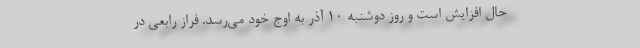
حال افزایش است و روز دوشنبه ۱۰ آذر به اوج خود می‌رسد. فراز رابعی در